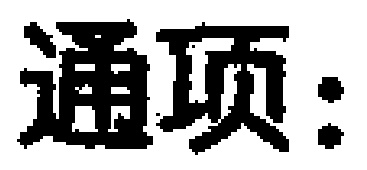
通项：